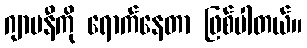
ဂျာမနီကို ရောက်နေတာ ဖြစ်ပါတယ်။